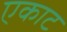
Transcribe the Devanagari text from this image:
एकाट